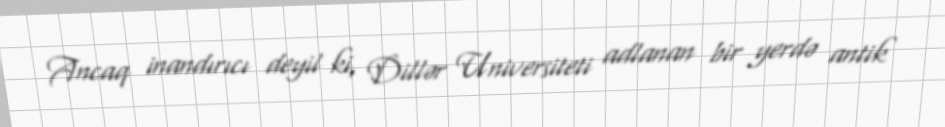
Ancaq inandırıcı deyil ki, Dillər Universiteti adlanan bir yerdə antik